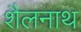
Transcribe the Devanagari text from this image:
शैलनाथ